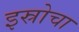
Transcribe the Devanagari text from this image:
इस्रोचा